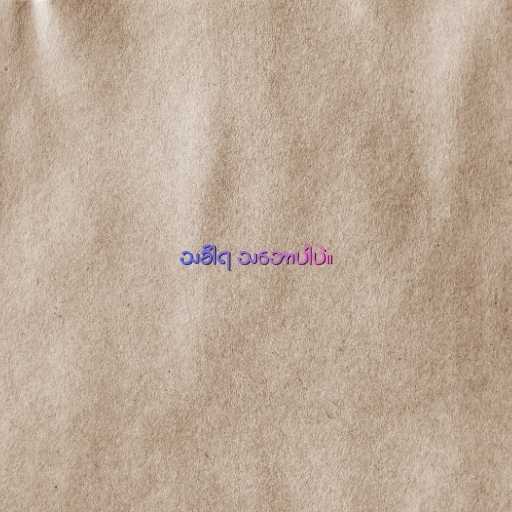
သင်္ခါရ သ‌ဘောပါပဲ။